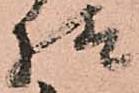
様